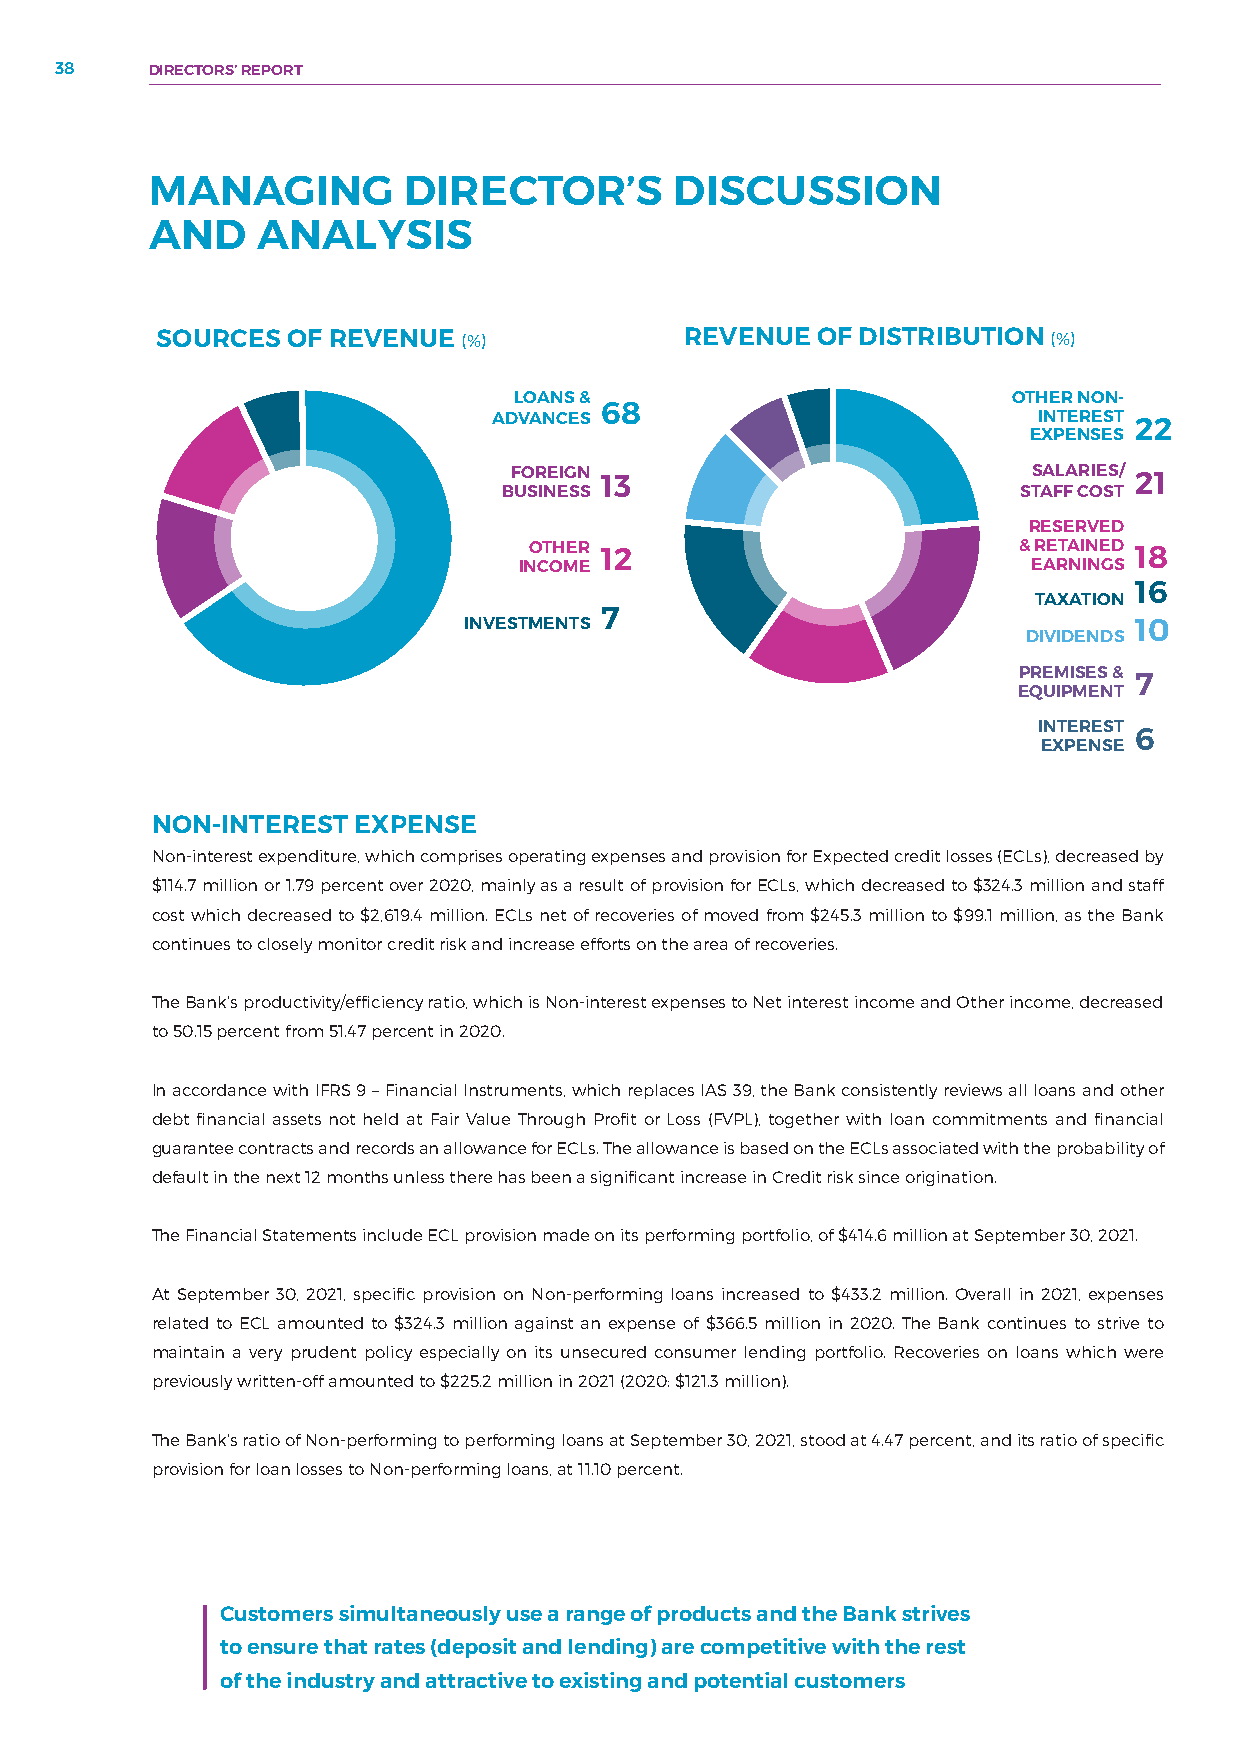
38    DIRECTORS’ REPORT
 MANAGING         DIRECTOR’S        DISCUSSION
 AND    ANALYSIS
 SOURC ES OF REVENUE (%)            REVENU  E OF DISTRIBUTION (%)
 LOANS &                          OTHER NON-
 68
 ADVANCES                            I NTEREST 2 2
 EXPENSES
 FOREIGN 13                        S ALARIES/ 2 1
 BUSINESS                          STAFF COST
 RESERVED
 OTHER 12                        & RETAINED 18
 INCOME                            E ARNINGS
 16
 TAXATION
 7
 INVESTMENTS                                 10
 DIVIDENDS
 PREMISES &
 7
 EQUIPMENT
 INTEREST
 6
 EXPENSE
 NON-INTEREST EXPENSE
 Non-interest expenditure, which comprises operating expenses and provision for Expected credit losses (ECLs), decreased by
 $114.7 million or 1.79 percent over 2020, mainly as a result of provision for ECLs, which decreased to $324.3 million and staff
 cost which decreased to $2,619.4 million. ECLs net of recoveries of moved from $245.3 million to $99.1 million, as the Bank
 continues to closely monitor credit risk and increase efforts on the area of recoveries.
 The Bank’s productivity/efficiency ratio, which is Non-interest expenses to Net interest income and Other income, decreased
 to 50.15 percent from 51.47 percent in 2020.
 In accordance with IFRS 9 – Financial Instruments, which replaces IAS 39, the Bank consistently reviews all loans and other
 debt financial assets not held at Fair Value Through Profit or Loss (FVPL), together with loan commitments and financial
 guarantee contracts and records an allowance for ECLs. The allowance is based on the ECLs associated with the probability of
 default in the next 12 months unless there has been a significant increase in Credit risk since origination.
 The Financial Statements include ECL provision made on its performing portfolio, of $414.6 million at September 30, 2021.
 At September 30, 2021, specific provision on Non-performing loans increased to $433.2 million. Overall in 2021, expenses
 related to ECL amounted to $324.3 million against an expense of $366.5 million in 2020. The Bank continues to strive to
 maintain a very prudent policy especially on its unsecured consumer lending portfolio. Recoveries on loans which were
 previously written-off amounted to $225.2 million in 2021 (2020: $121.3 million).
 The Bank’s ratio of Non-performing to performing loans at September 30, 2021, stood at 4.47 percent, and its ratio of specific
 provision for loan losses to Non-performing loans, at 11.10 percent.
 Customers simultaneously use a range of products and the Bank strives
 to e nsure that rates (deposit and lendin g) are competi tive with the rest
 of the industry and attractive to existing and potential customers